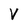
Character: V